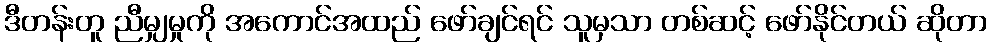
ဒီတန်းတူ ညီမျှမှုကို အကောင်အထည် ဖော်ချင်ရင် သူမှသာ တစ်ဆင့် ဖော်နိုင်တယ် ဆိုတာ